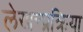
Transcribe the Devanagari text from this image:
लेखन्प्रक्रिया